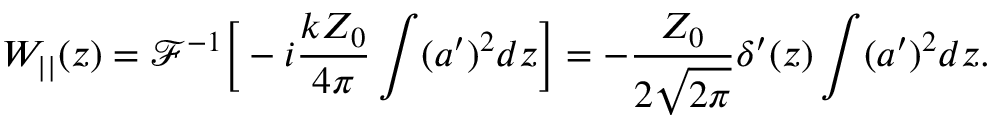
W _ { | | } ( z ) = \mathscr { F } ^ { - 1 } { \biggl [ } - i \frac { k Z _ { 0 } } { 4 \pi } \int ( a ^ { \prime } ) ^ { 2 } d z { \biggl ] } = - \frac { Z _ { 0 } } { 2 \sqrt { 2 \pi } } \delta ^ { \prime } ( z ) \int ( a ^ { \prime } ) ^ { 2 } d z .